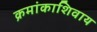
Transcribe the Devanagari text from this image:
क्रमांकाशिवाय